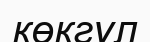
көкгүл